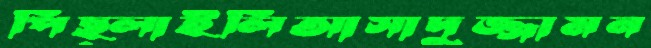
পিছ্‌লাইলিআসাদুজ্জামন